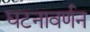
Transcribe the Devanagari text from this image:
घटनावर्णन